Report of the Imperial Institute of Veterinary Research, Muktesar
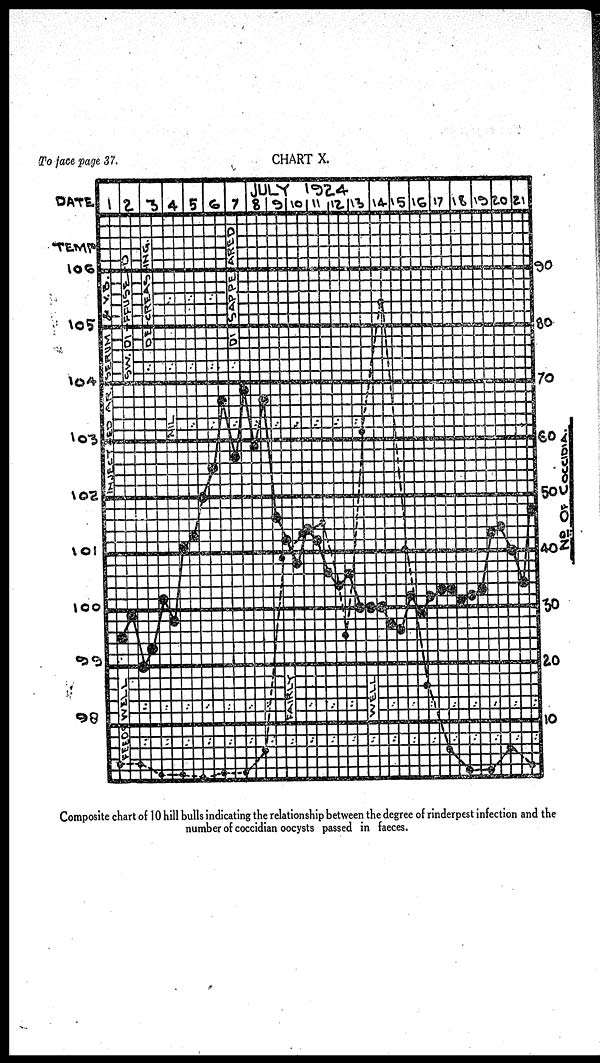
Composite chart of 10 hill bulls indicating the relationship between the degree of rinderpest infection and the
number of coccidian oocysts passed in faeces.